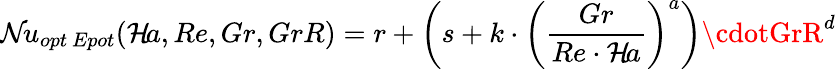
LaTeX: \mathcal{N}\! u_{opt\ Epot}(\mathcal{H}\! a,Re,Gr,GrR)=r+\left(s+k\cdot\left(\frac{{Gr}}{{Re\cdot\mathcal{H}\! a}}\right)^{a}\right)\cdotGrR^{d}